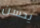
يحسن